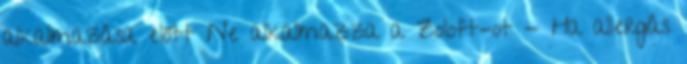
alkalmazása előtt Ne alkalmazza a Zoloft-ot - Ha allergiás